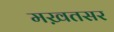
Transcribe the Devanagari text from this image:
मख़तसर